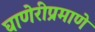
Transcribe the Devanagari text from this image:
घाणेरीप्रमाणे